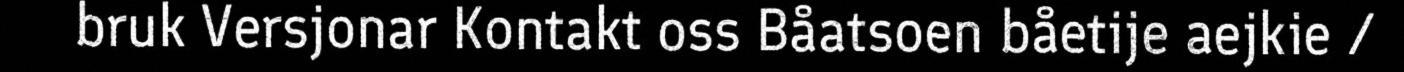
bruk Versjonar Kontakt oss Båatsoen båetije aejkie /